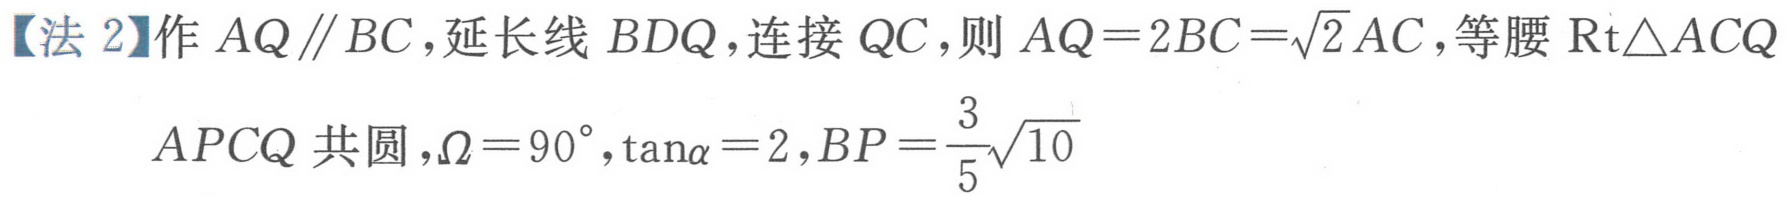
【法 2】作 \(AQ \parallel BC\)，延长线 \(BDQ\)，连接 \(QC\)，则 \(AQ = 2BC=\sqrt{2}AC\)，等腰 \(\text{Rt}\triangle ACQ\)
\(APCQ\) 共圆，\(\Omega = 90^{\circ}\)，\(\tan\alpha = 2\)，\(BP=\frac{3}{5}\sqrt{10}\)